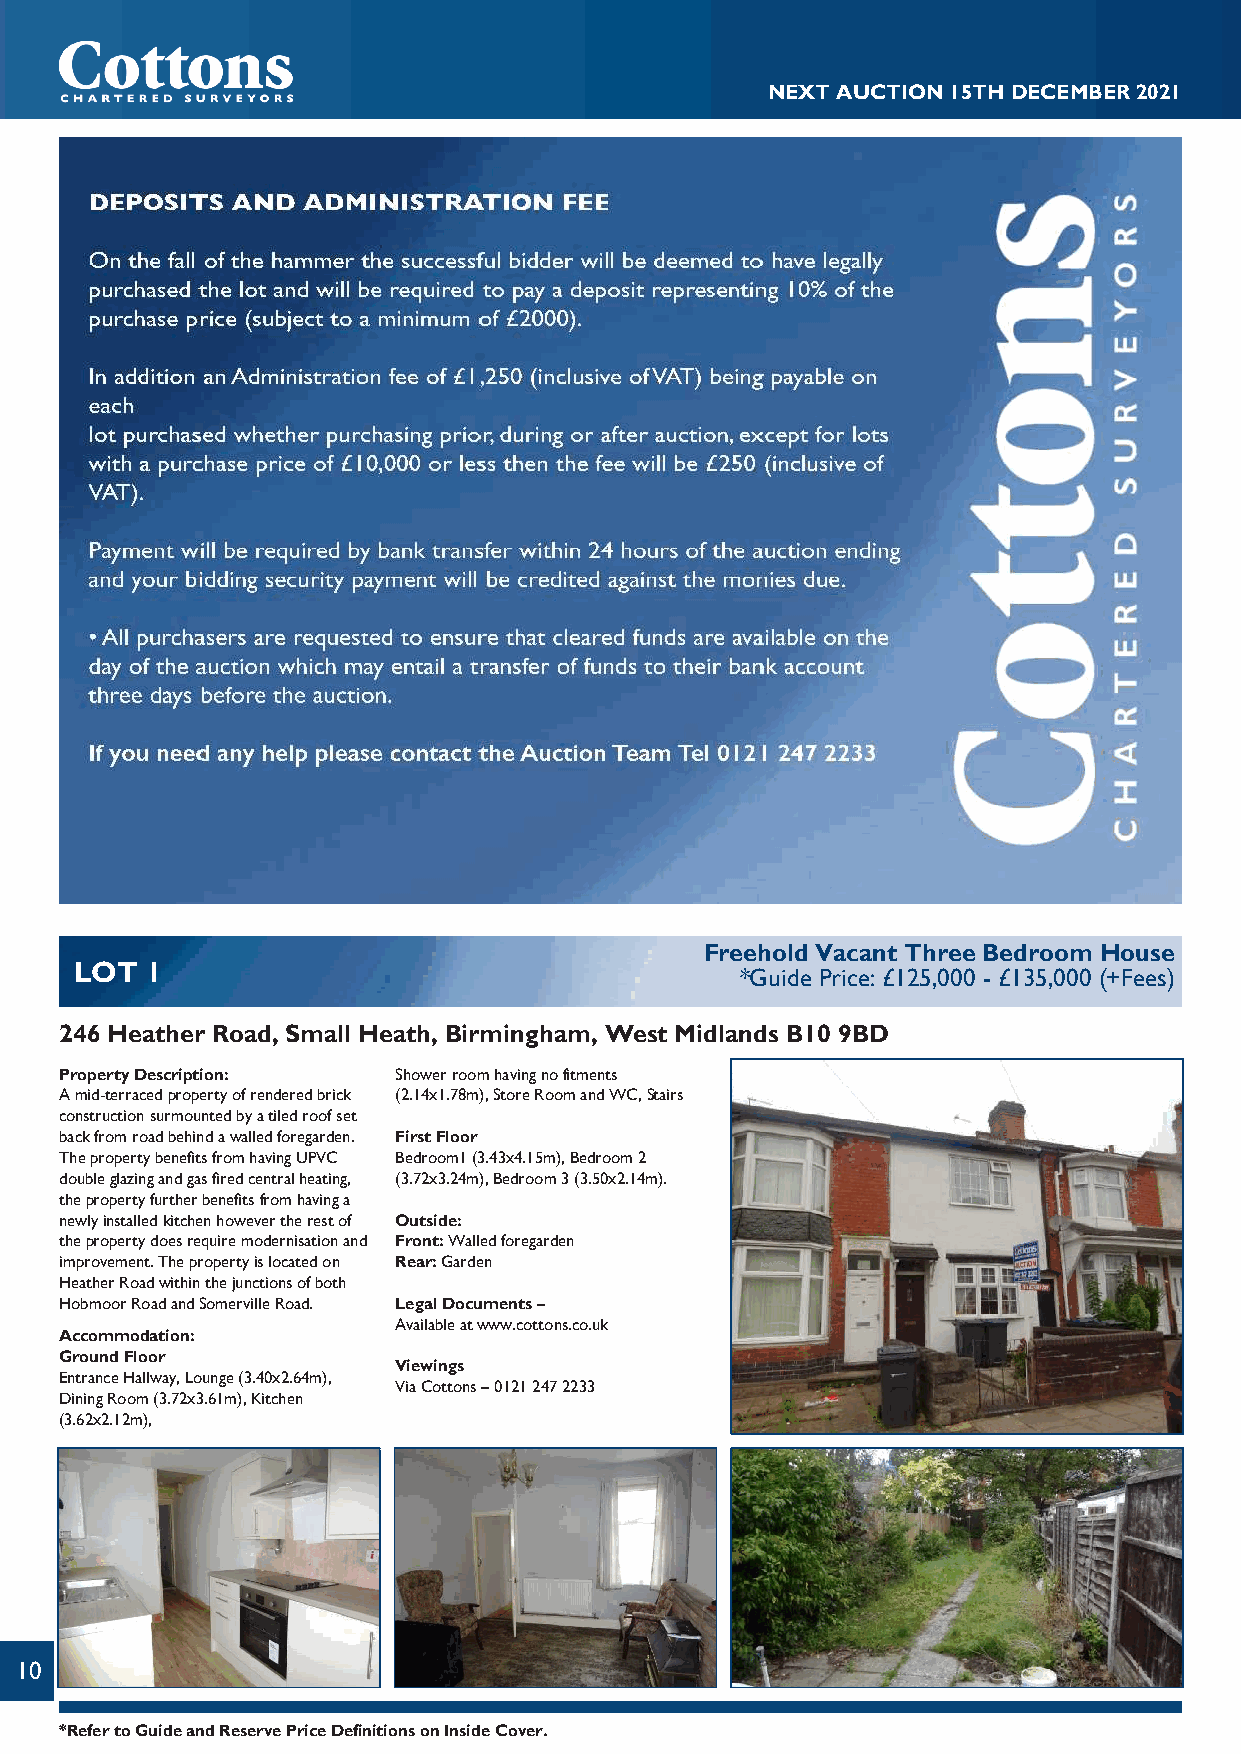
NEXTAUCTION15THDECEMBER2021
 Freehold Vacant Three Bedroom House
 LOT  1
 *Guide Price: £125,000 - £135,000 (+Fees)
 246 Heather Road, Small Heath, Birmingham, West Midlands B10 9BD
 PropertyDescription:  Showerroomhavingnofitments
 Amid-terracedpropertyofrenderedbrick (2.14x1.78m),StoreRoomandWC,Stairs
 constructionsurmountedbyatiledroofset
 backfromroadbehindawalledforegarden. FirstFloor
 ThepropertybenefitsfromhavingUPVC Bedroom1(3.43x4.15m),Bedroom2
 doubleglazingandgasfiredcentralheating, (3.72x3.24m),Bedroom3(3.50x2.14m).
 thepropertyfurtherbenefitsfromhavinga
 newlyinstalledkitchenhowevertherestof Outside:
 thepropertydoesrequiremodernisationand Front:Walledforegarden
 improvement.Thepropertyislocatedon Rear:Garden
 HeatherRoadwithinthejunctionsofboth
 HobmoorRoadandSomervilleRoad. LegalDocuments–
 Availableatwww.cottons.co.uk
 Accommodation:
 GroundFloor
 Viewings
 EntranceHallway,Lounge(3.40x2.64m),
 ViaCottons–01212472233
 DiningRoom(3.72x3.61m),Kitchen
 (3.62x2.12m),
 10
 *RefertoGuideandReservePriceDefinitionsonInsideCover.